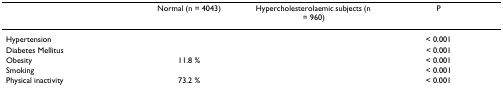
<table><thead><tr><td>[EMPTY_CELL]</td><td><b>Normal (n = 4043)</b></td><td><b>Hypercholesterolaemic subjects (n = 960)</b></td><td><b>P</b></td></tr></thead><tbody><tr><td>Hypertension</td><td>[EMPTY_CELL]</td><td>[EMPTY_CELL]</td><td>&lt; 0.001</td></tr><tr><td>Diabetes Mellitus</td><td>[EMPTY_CELL]</td><td>[EMPTY_CELL]</td><td>&lt; 0.001</td></tr><tr><td>Obesity</td><td>11.8 %</td><td>[EMPTY_CELL]</td><td>&lt; 0.001</td></tr><tr><td>Smoking</td><td>[EMPTY_CELL]</td><td>[EMPTY_CELL]</td><td>&lt; 0.001</td></tr><tr><td>Physical inactivity</td><td>73.2 %</td><td>[EMPTY_CELL]</td><td>&lt; 0.001</td></tr></tbody></table>